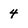
Character: 4